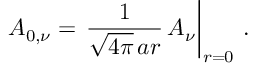
A _ { 0 , \nu } = \left. \frac { 1 } { \sqrt { 4 \pi } \, a r } \, A _ { \nu } \right| _ { r = 0 } \, .